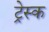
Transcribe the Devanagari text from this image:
ट्रेस्क